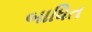
બાધિત